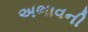
અભાવની